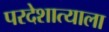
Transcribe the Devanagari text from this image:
परदेशात्याला